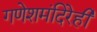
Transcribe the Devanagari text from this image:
गणेशमंदिरेही